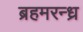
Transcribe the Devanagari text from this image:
ब्रहमरन्ध्र